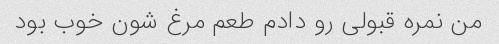
من نمره قبولی رو دادم طعم مرغ شون خوب بود